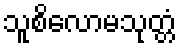
သူစိလောမသုတ္တံ